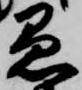
愚